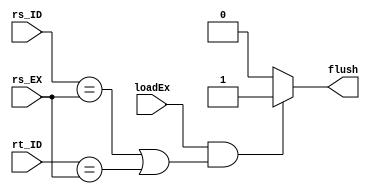
module HazzardUnit(input [4:0] rs_ID, rt_ID, rs_EX, input loadEx, output reg flush);
	initial flush = 0;
	always @(*) begin
		if(loadEx & (rs_ID == rs_EX | rt_ID == rs_EX)) flush = 1;
		else flush = 0;
	end
endmodule